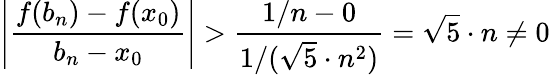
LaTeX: \left|{\frac{f(b_{n})-f(x_{0})}{b_{n}-x_{0}}}\right|>{\frac{1/n-0}{1/({\sqrt{5}}\cdot n^{2})}}={\sqrt{5}}\cdot n\neq 0